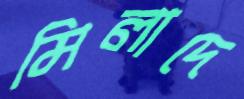
মিলাদে